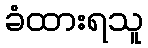
ခံထားရသူ